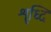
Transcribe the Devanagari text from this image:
शृध्दि